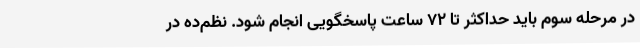
در مرحله سوم باید حداکثر تا ۷۲ ساعت پاسخگویی انجام شود. نظم‌ده در